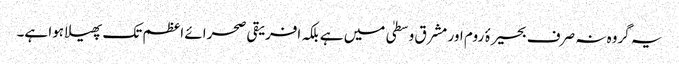
یہ گروہ نہ صرف بحیرۂ روم اور مشرق وسطیٰ میں ہے بلکہ افریقی صحرائے اعظم تک پھیلا ہوا ہے۔